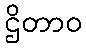
ဌိတာဝ